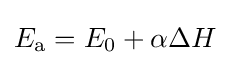
E_{\text{a}}=E_{0}+\alpha \Delta H